Annual report on the working of the mental hospitals in the Madras Presidency - 1912-1932
Year: 1912
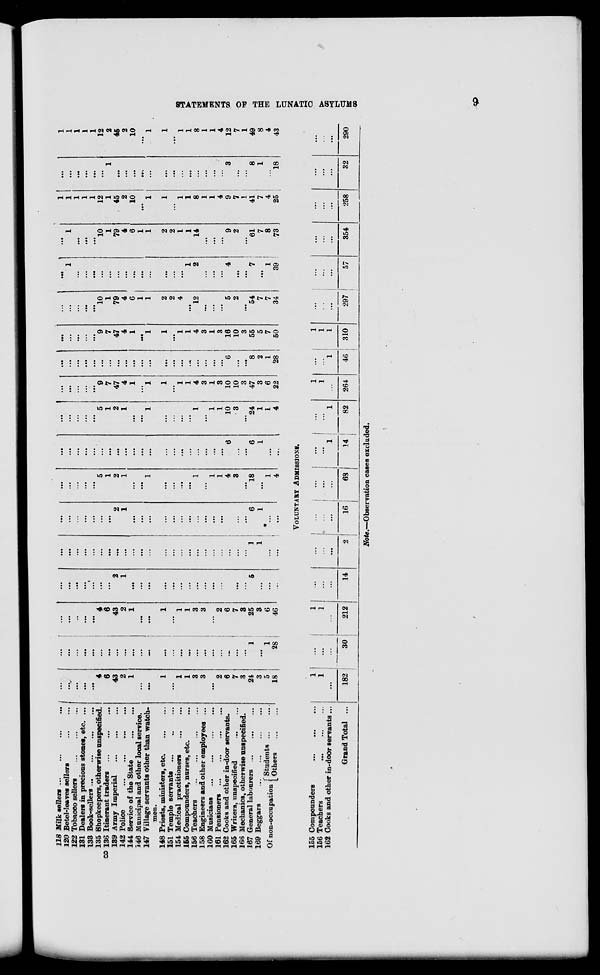
STATEMENTS OF THE LUNATIC ASYLUMS
9
118 Milk sellers
...
...
...
...
120 Betel-leaves sellers
...
...
122 Tobacco sellers
...
...
...
131 Dealers in precious stones, etc. ...
133 Book-sellers
...
...
...
...
135 Shopkeepers, otherwise unspecified.
136 Itinerant traders
...
...
...
139 Army Imperial
...
...
...
142 Police ... ... ... ...
144 Service of the State
...
...
146 Municipal and other local service.
147 Village servants other than watch-
men.
148 Priests, ministers, etc.
...
...
151 Temple servants ... ... ...
154 Medical practitioners
...
...
155 Compounders, nurses, etc. ...
156 Teachers
...
...
...
...
158 Engineers and other employees ...
160 Musicians
...
...
...
...
161 Pensioners
...
...
...
...
162 Cooks and other in-door servants.
165 Writers, unspecified
...
...
166 Mechanics, otherwise unspecified.
167 General labourers
...
...
...
169 Beggars
...
...
...
...
Of non-occupation Students
...
...
Others
...
...
...
...
...
...
...
4
6
43
2
1
...
...
1
...
1
1
3
3
...
2
6
7
3
24
3
5
18
...
...
...
...
...
...
...
...
...
...
...
...
...
...
...
...
...
...
...
...
...
...
...
1
...
1
28
...
...
...
...
...
4
6
43
2
1
...
...
1
...
1
1
3
3
...
2
6
7
3
25
3
6
46
...
...
...
...
...
...
...
2
1
...
...
...
...
...
...
...
...
...
...
...
...
...
...
5
...
...
...
...
...
...
...
...
...
...
...
...
...
...
...
...
...
...
...
...
...
...
...
...
...
...
1
1
...
...
...
...
...
...
...
...
...
2
1
...
...
...
...
...
...
...
...
...
...
...
...
...
...
6
1
...
...
...
...
...
...
...
5
1
2
1
...
...
1
...
...
...
...
1
...
1
1
4
3
...
18
...
1
4
...
...
...
...
...
...
...
...
...
...
...
...
...
...
...
...
...
...
...
...
6
...
...
6
1
...
...
...
...
...
...
...
5
1
2
1
...
...
1
...
...
...
...
1
...
1
1
10
3
...
24
1
1
4
...
...
...
...
...
9 7
47
4
1
...
1
1
...
1
1
4
3
1
3
10
10
3
47
3
6
22
...
...
...
...
...
...
...
...
...
...
...
...
...
...
...
...
...
...
...
...
6
...
...
8
2
1
28
...
...
...
...
...
9
7
47
4
1
...
1
1
...
1
1
4
3
1
3
16
10
3
55
5
7
50
...
...
...
...
...
10
1
79
4
6
1
1
2
2
4
...
12
...
...
...
5
2
...
54
7
7
34
...
1
...
...
...
...
...
...
...
...
...
...
...
...
...
1
2
...
...
...
4
...
...
7
...
1
39
...
1
...
...
...
10
1
79
4
6
1
1
2
2
1
1
14
...
...
...
9
2
...
61
7
8
73
1
1
1
1
1
12
1
45
2
10
...
1
1
...
1
1
8
1
1
4
9
7
1
41
7
4
25
...
...
...
...
...
...
1
...
...
...
...
...
...
...
...
...
...
...
...
...
3
...
...
8
1
...
18
1
1
1
1
1
12
2
45
2
10
...
1
1
...
1
1
8
1
1
4
12
7
1
49
8
4
43
VOLUNTARY ADMISSIONS.
155 Compounders
...
...
...
156 Teachers
...
...
...
162 Cooks and other in-door servants ...
Grand Total ...
1
1
...
182
...
...
...
30
1
1
...
212
...
...
...
14
...
...
...
2
...
...
...
16
...
...
...
68
...
...
1
14
...
...
1
82
1
1
...
264
...
...
1
46
1
1
1
310
...
...
...
297
...
...
...
57
...
...
...
354
...
...
...
258
...
...
...
32
...
...
...
290
Note.—Observation cases excluded.
3